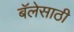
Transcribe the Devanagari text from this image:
बॅलेसाठी